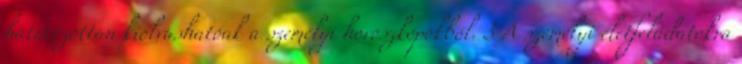
határozottan kiolvashatóak a személyi horoszkópokból. 3 A személyi életfeladatokra